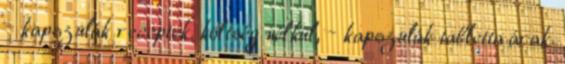
– kapszulák receptek. költség nélkül, – kapszulák tabletta árak.